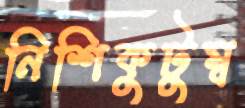
নিশিকুটুম্ব